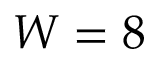
W = 8